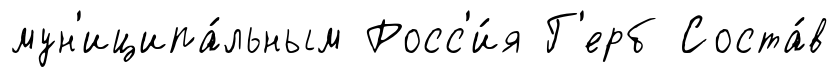
мун'иципа́льным Росс'и́я Г'ерб Соста́в